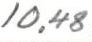
10,48